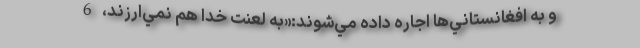
و به افغانستاني‌ها اجاره داده مي‌شوند:«به لعنت خدا هم نمي‌ارزند، 6